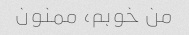
من خوبم، ممنون